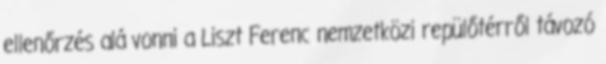
ellenőrzés alá vonni a Liszt Ferenc nemzetközi repülőtérről távozó